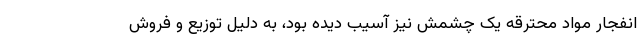
انفجار مواد محترقه یک چشمش نیز آسیب دیده بود، به دلیل توزیع و فروش